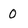
Character: 0